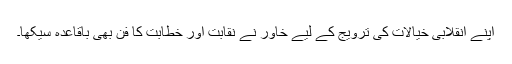
اپنے انقلابی خیالات کی ترویج کے لیے خاور نے نقابت اور خطابت کا فن بھی باقاعدہ سیکھا۔